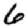
Digit: 6